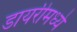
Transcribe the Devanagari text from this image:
डायरीमध्ये